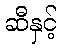
ဆီနှင့်